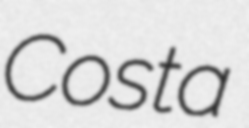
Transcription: Costa